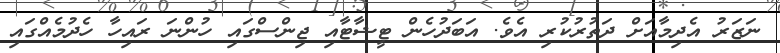
ނަޒަރު އެދިމާއަށް ދަތުރުކުރި އެވެ. އަބަދުހެން ޓީޝާޓާއި ޖިންސްގައި ހުންނަ ރައިހާ ހެދުމެއްގައި